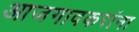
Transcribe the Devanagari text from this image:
आजगावकरांना